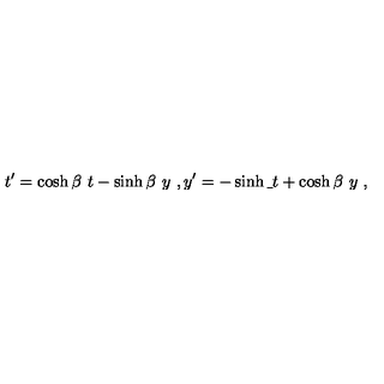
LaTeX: t ^ { \prime } = \cosh \beta \ t - \sinh \beta \ y \ , y ^ { \prime } = - \sinh \b \ t + \cosh \beta \ y \ ,